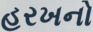
હરખનો